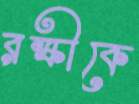
রক্ষীকে